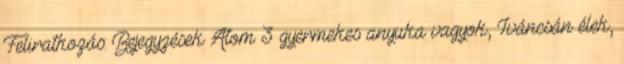
Feliratkozás: Bejegyzések Atom 3 gyermekes anyuka vagyok, Iváncsán élek,